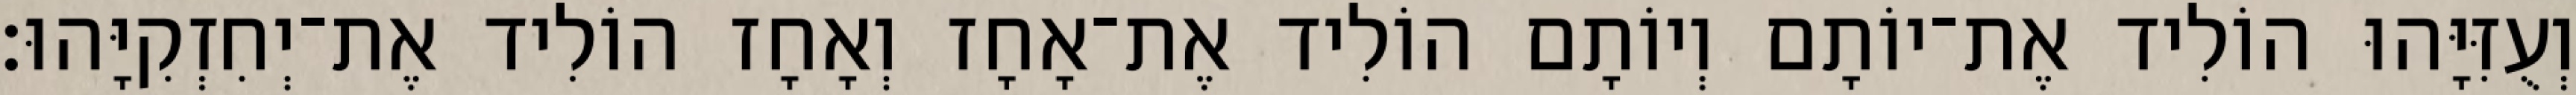
וְעֻזִּיָּהוּ הוֹלִיד אֶת־יוֹתָם וְיוֹתָם הוֹלִיד אֶת־אָחָז וְאָחָז הוֹלִיד אֶת־יְחִזְקִיָּהוּ׃